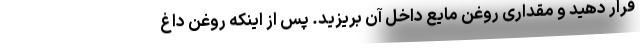
قرار دهید و مقداری روغن مایع داخل آن بریزید. پس از اینکه روغن داغ